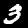
Label: 3